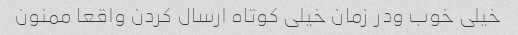
خیلی خوب ودر زمان خیلی کوتاه ارسال کردن واقعا ممنون